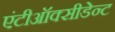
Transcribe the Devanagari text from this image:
एंटीऑक्सीडेन्ट